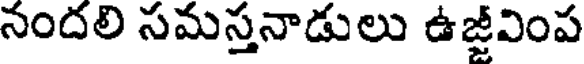
నందలి సమస్తనాడులు ఉజ్జీవింప